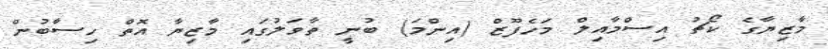
މާޒިޔާގެ ކޯޗު އިސްމާއިލް މަހެފޫޒް (އިންމަ) ބުނީ ތާވަލުގައި މާޒިޔާ އޮތް ހިސާބުން